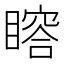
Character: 𥊉